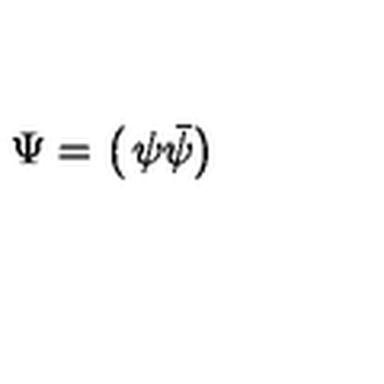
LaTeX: \Psi = \left( \begin{matrix} { \psi } \\ { \bar { \psi } } \\ \end{matrix} \right)